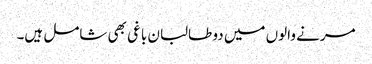
مرنے والوں میں دو طالبان باغی بھی شامل ہیں۔